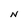
Character: N